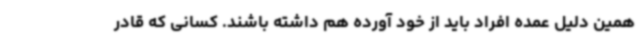
همین دلیل عمده افراد باید از خود آورده هم داشته باشند. کسانی که قادر